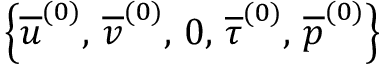
\left\lbrace \overline { { u } } ^ { ( 0 ) } , \, \overline { { v } } ^ { ( 0 ) } , \, 0 , \, \overline { { \tau } } ^ { ( 0 ) } , \, \overline { { p } } ^ { ( 0 ) } \right\}